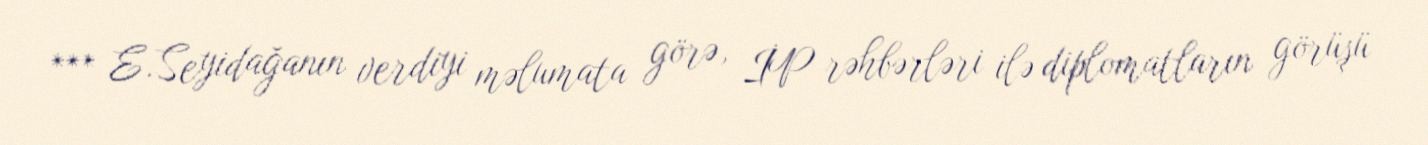
*** E.Seyidağanın verdiyi məlumata görə, İP rəhbərləri ilə diplomatların görüşü